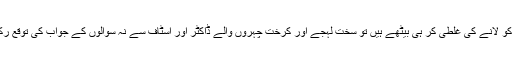
ڈاکٹری کے شعبے کا حال یہ ہے کہ آپ مریض کو لانے کی غلطی کر ہی بیٹھے ہیں تو سخت لہجے اور کرخت چہروں والے ڈاکٹر اور اسٹاف سے نہ سوالوں کے جواب کی توقع رکھیں، نہ ااس مسکراہٹ کی جو جزوِ مسیحائی ہے۔